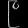
Digit: ၉